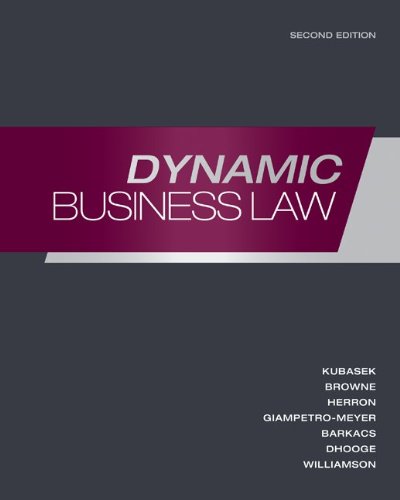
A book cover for Dynamic Business Law; Nancy Kubasek; Law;